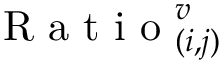
\mathrm { ~ R ~ a ~ t ~ i ~ o ~ } _ { ( i , j ) } ^ { v }